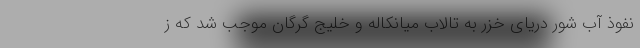
نفوذ آب شور دریای خزر به تالاب میانکاله و خلیج گرگان موجب شد که ز